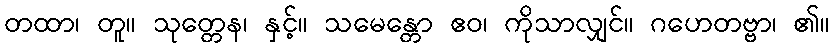
တထာ၊ တူ။ သုတ္တေန၊ နှင့်။ သမေန္တော ဧဝ၊ ကိုသာလျှင်။ ဂဟေတဗ္ဗာ၊ ၏။